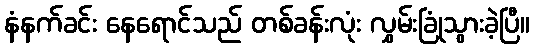
နံနက်ခင်း နေရောင်သည် တစ်ခန်းလုံး လွှမ်းခြုံသွားခဲ့ပြီ။